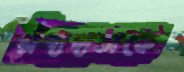
চাঁদাদাতাকে